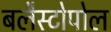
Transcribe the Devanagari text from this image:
बलैस्टोपोल